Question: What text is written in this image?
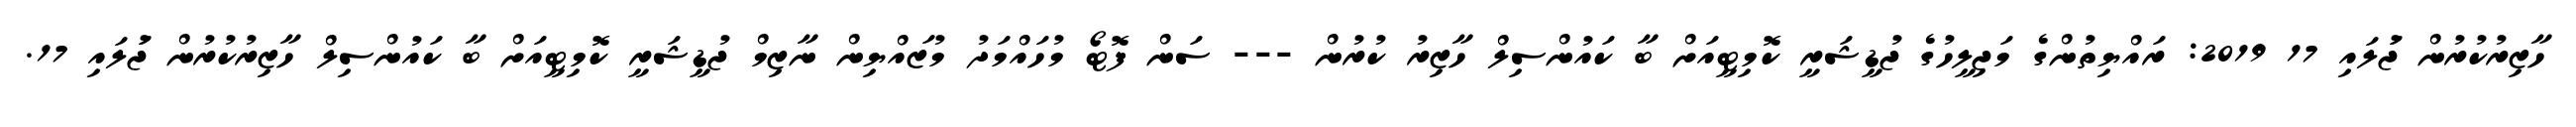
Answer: ހާޒިރުކުރުން ޖުަލައި 17 2019: ރައްޔިތުންގެ މަޖިލީހުގެ ޖުޑީޝަރީ ކޮމިޓީއަށް ބާ ކައުންސިލް ހާޒިރު ކުރުން --- ސަން ފޮޓޯ މުހައްމަދު މުޒައްޔިން ނާޒިމް ޖުޑީޝަރީ ކޮމިޓީއަށް ބާ ކައުންސިލް ހާޒިރުކުރުން ޖުަލައި 17.